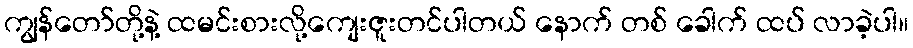
ကျွန်တော်တို့နဲ့ ထမင်းစားလို့ကျေးဇူးတင်ပါတယ် နောက် တစ် ခေါက် ထပ် လာခဲ့ပါ။